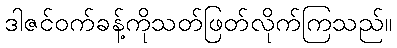
ဒါဇင်ဝက်ခန့်ကိုသတ်ဖြတ်လိုက်ကြသည်။